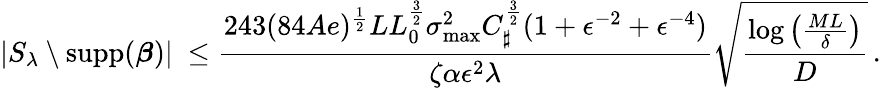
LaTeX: |S_{\lambda}\setminus\operatorname{supp}({\boldsymbol{\beta}})|~\leq\frac{243(84Ae)^{\frac 12}LL_{0}^{\frac 32}\sigma_{\operatorname*{max}}^{2}C_{\sharp}^{\frac 32}(1+\epsilon^{-2}+\epsilon^{-4})}{\zeta\alpha\epsilon^{2}\lambda}\sqrt{\frac{\log\left(\frac{ML}{\delta}\right)}D}\, .